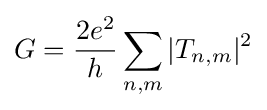
G={2e^{2} \over h}\sum _{n,m}|T_{n,m}|^{2}